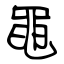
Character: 黽